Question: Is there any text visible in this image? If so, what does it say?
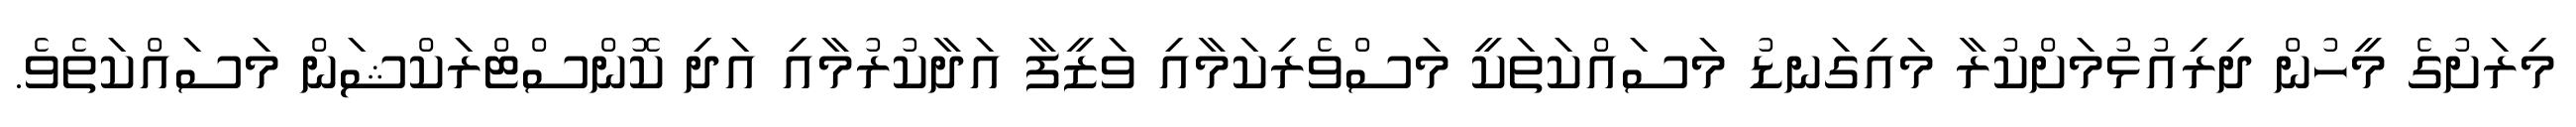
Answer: މިރަށުގެ މީހުން ދިރިއުޅުމަށްކުރާ މައިގަނޑު މަސައްކަތަކީ މަސްވެރިކަމާއި ވަޒީފާ އަދާކުރުމާއި އަދި ކޮންސްޓްރަކްޝަން މަސައްކަތެވެ.